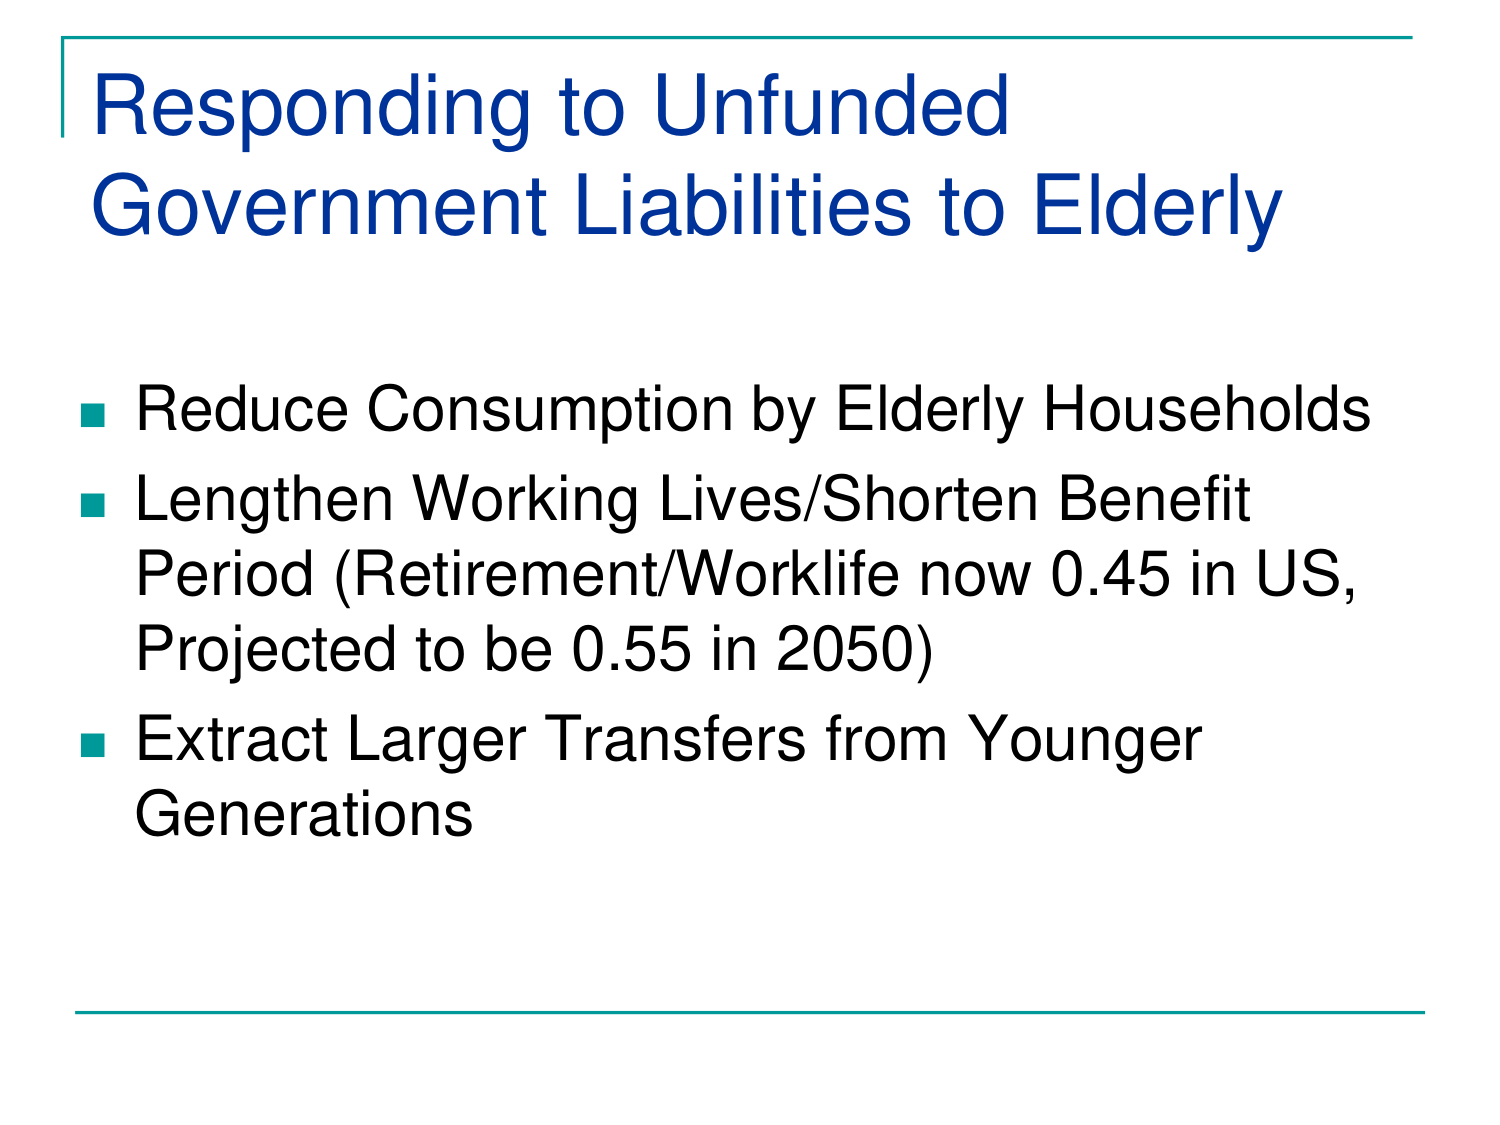
Responding to Unfunded Government Liabilities to Elderly

■ Reduce Consumption by Elderly Households
■ Lengthen Working Lives/Shorten Benefit Period (Retirement/Worklife now 0.45 in US, Projected to be 0.55 in 2050)
■ Extract Larger Transfers from Younger Generations